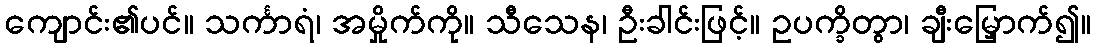
ကျောင်း၏ပင်။ သင်္ကာရံ၊ အမှိုက်ကို။ သီသေန၊ ဦးခါင်းဖြင့်။ ဥပက္ခိတွာ၊ ချီးမြှောက်၍။